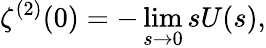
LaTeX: \zeta^{(2)}(0)=-\operatorname*{lim}_{s\rightarrow 0}sU(s),